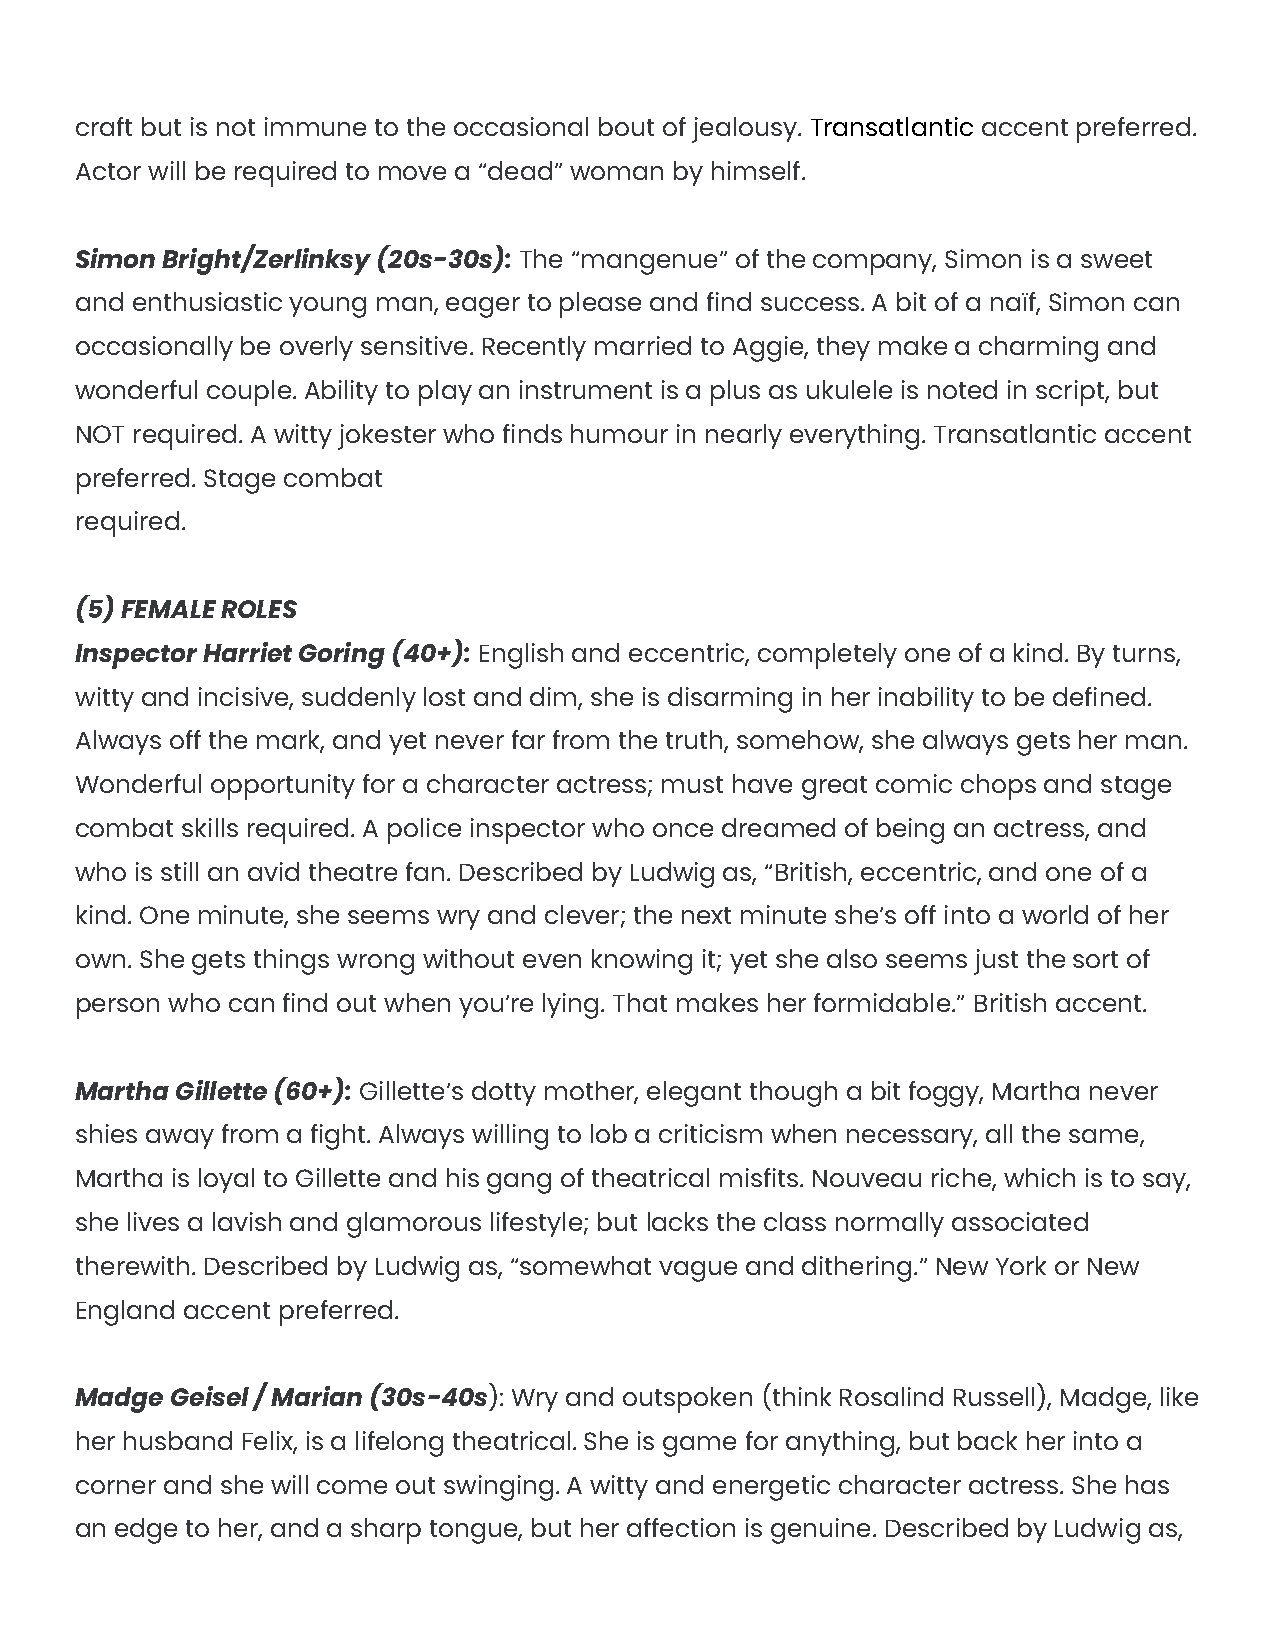
craft but is not immune to the occasional bout of jealousy. Transatlantic accent preferred.
 Actor will be required to move a “dead” woman by himself.
 Simon Bright/Zerlinksy (20s-30s): The “mangenue” of the company, Simon is a sweet
 and enthusiastic young man, eager to please and find success. A bit of a naïf, Simon can
 occasionally be overly sensitive. Recently married to Aggie, they make a charming and
 wonderful couple. Ability to play an instrument is a plus as ukulele is noted in script, but
 NOT required. A witty jokester who finds humour in nearly everything. Transatlantic accent
 preferred. Stage combat
 required.
 (5) FEMALE ROLES
 Inspector Harriet Goring (40+): English and eccentric, completely one of a kind. By turns,
 witty and incisive, suddenly lost and dim, she is disarming in her inability to be defined.
 Always off the mark, and yet never far from the truth, somehow, she always gets her man.
 Wonderful opportunity for a character actress; must have great comic chops and stage
 combat skills required. A police inspector who once dreamed of being an actress, and
 who is still an avid theatre fan. Described by Ludwig as, “British, eccentric, and one of a
 kind. One minute, she seems wry and clever; the next minute she’s off into a world of her
 own. She gets things wrong without even knowing it; yet she also seems just the sort of
 person who can find out when you’re lying. That makes her formidable.” British accent.
 Martha Gillette (60+): Gillette’s dotty mother, elegant though a bit foggy, Martha never
 shies away from a fight. Always willing to lob a criticism when necessary, all the same,
 Martha is loyal to Gillette and his gang of theatrical misfits. Nouveau riche, which is to say,
 she lives a lavish and glamorous lifestyle; but lacks the class normally associated
 therewith. Described by Ludwig as, “somewhat vague and dithering.” New York or New
 England accent preferred.
 Madge Geisel / Marian (30s-40s): Wry and outspoken (think Rosalind Russell), Madge, like
 her husband Felix, is a lifelong theatrical. She is game for anything, but back her into a
 corner and she will come out swinging. A witty and energetic character actress. She has
 an edge to her, and a sharp tongue, but her affection is genuine. Described by Ludwig as,